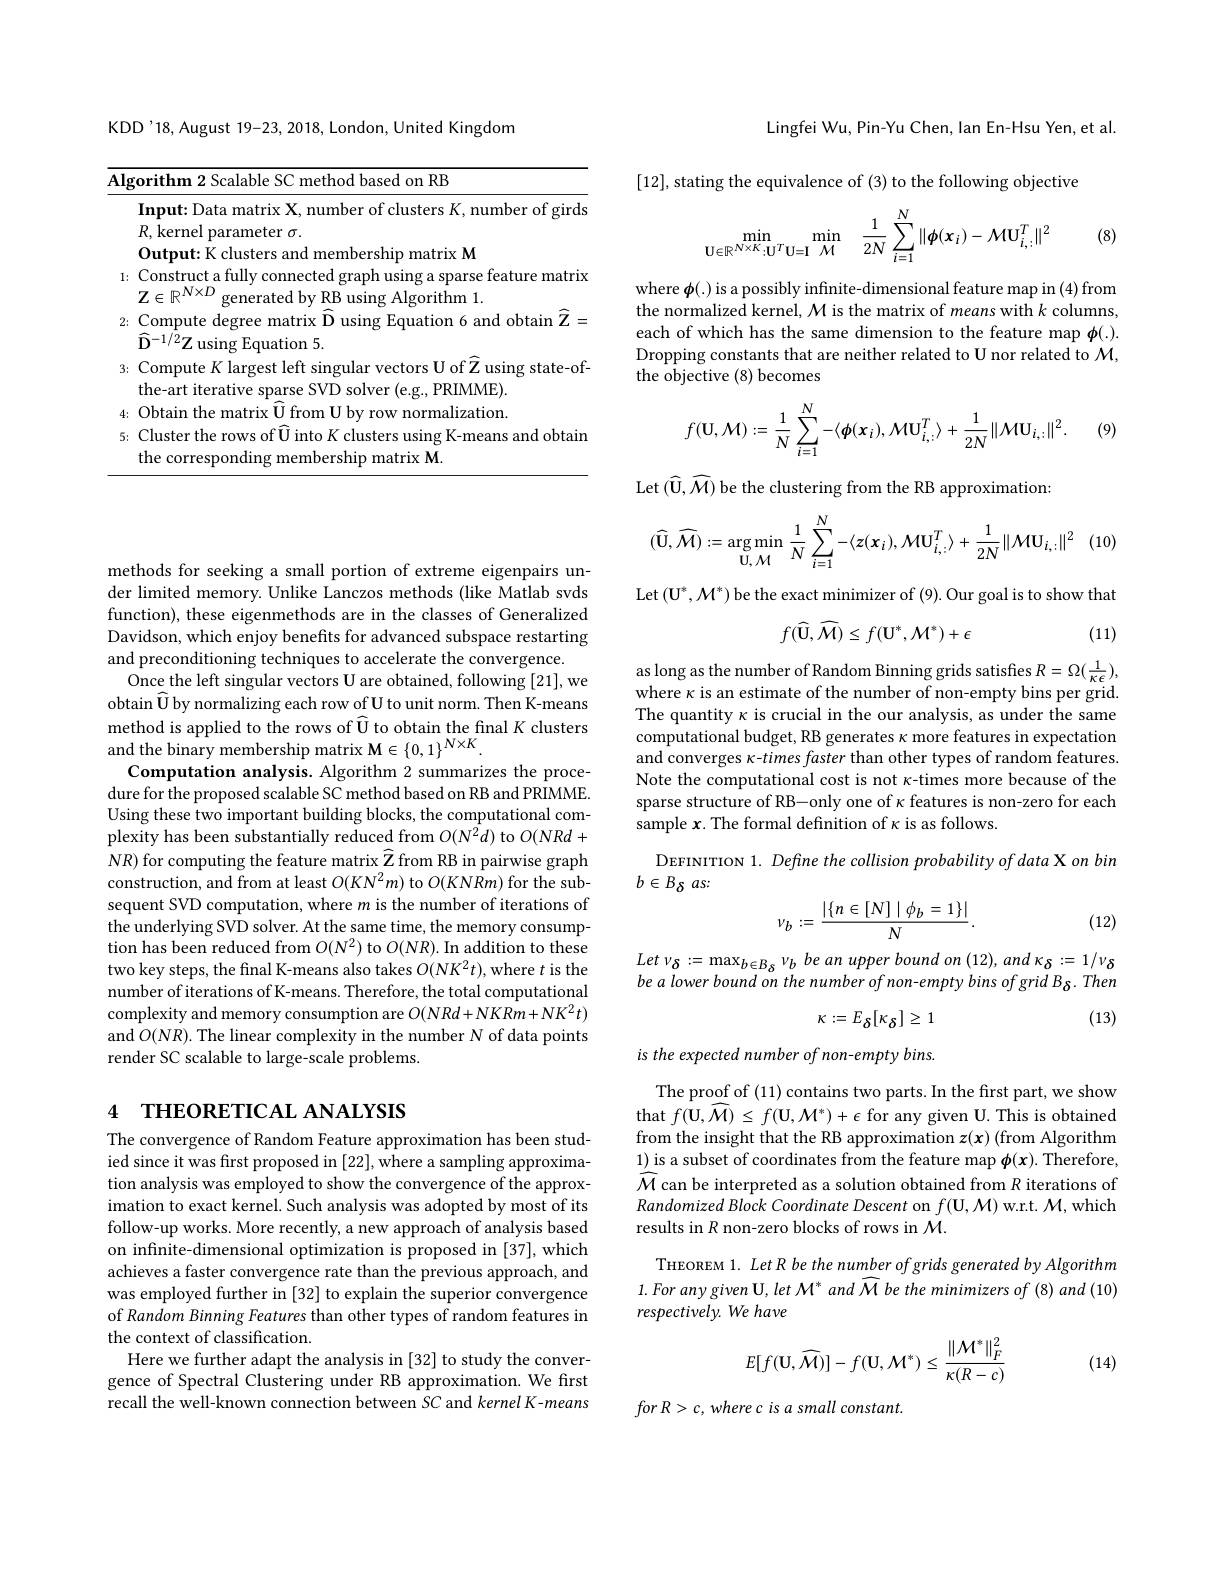
KDD'18, August 19-23, 2018, London, United Kingdom

<table>
	<tbody>
		<tr>
			<td>$\overline{\mathrm{AI}_{\xi}}$ 1</td>
			<td>d based on RB 14</td>
		</tr>
		<tr>
			<td> </td>
			<td>$\mathbf{Inputs}$ rirds</td>
		</tr>
		<tr>
			<td> </td>
			<td>$R.$kernel parameter $\sigma.$</td>
		</tr>
		<tr>
			<td> </td>
			<td>$0utput$ bershim matrix M</td>
		</tr>
		<tr>
			<td>1:</td>
			<td>Construct a fully connected graph usin $7\in\mathbb{R}^{N\times D}$ generated by RB using Algorithm 1.</td>
		</tr>
		<tr>
			<td>2:</td>
			<td>Compute degree matrix D using Equation $r:$ $\hat{\mathbf{D}}^{-1/2}\bar{\mathbf{Z}}$ using Equation 5</td>
		</tr>
		<tr>
			<td>3:</td>
			<td>Compute K largest left singular vectors U of Z using state-of- the-art iterative sparse SVD solver (e.g., PRIMME).</td>
		</tr>
		<tr>
			<td>4</td>
			<td>Obtain the matrix TTt frol normalization ' </td>
		</tr>
		<tr>
			<td>5:</td>
			<td>Cluster the rows of Ü into $K$ cluster the corresponding membership matrix M.</td>
		</tr>
	</tbody>
</table>

methods for seeking a small portion of extreme eigenpairs under limited memory. Unlike Lanczos methods (like Matlab svds function), these eigenmethods are in the classes of Generalized Davidson, which enjoy benefits for advanced subspace restarting and preconditioning techniques to accelerate the convergence
Once the left singular vectors U are obtained, following [21], we obtain $\widehat{\mathbf{U}}$ by normalizing each row of U to unit norm. Then K-means method is applied to the rows of $\widehat{\mathbf{U}}$ to obtain the final K clusters and the binary membership matrix M$\in\{0,1\}^{N\times K}.$
Computation analysis. Algorithm 2 summarizes the procedure for the proposed scalable SC method based on RB and PRIMME. Using these two important building blocks, the computational complexity has been substantially reduced from $O(N^2d)$ to $O(NRd+$ $NR)$ for computing the feature matrix $\widehat{\mathbf{Z}}$ from RB in pairwise graph construction, and from at least $O(KN^{2}m)$ to $O(KNRm)$ for the subsequent SVD computation, where $m$ is the number of iterations of the underlying SVD solver. At the same time, the memory consumption has been reduced from $O(N^{2})$ to $O(NR).$ In addition to these two key steps, the final K-means also takes $O(NK^2t)$,where $t$ is the number of iterations of K-means. Therefore, the total computational complexity and memory consumption are $O(NRd+NKRm+NK^{2}t)$ and $O(NR).$ The linear complexity in the number N of data points render SC scalable to large-scale problems.

# 4 THEORETICAL ANALYSIS

The convergence of Random Feature approximation has been studied since it was first proposed in [22], where a sampling approximation analysis was employed to show the convergence of the approximation to exact kernel. Such analysis was adopted by most of its follow-up works. More recently, a new approach of analysis based on infinite-dimensional optimization is proposed in [37], which achieves a faster convergence rate than the previous approach, and was employed further in [32] to explain the superior convergence of Random Binning Features than other types of random features in the context of classification.
Here we further adapt the analysis in [32] to study the convergence of Spectral Clustering under RB approximation. We first recall the well-known connection between SC and kernel K-means

Lingfei Wu, Pin-Yu Chen, lan En-Hsu Yen, et al.

[12], stating the equivalence of (3) to the following objective

(8)
$$\min_{\mathbf{U}\in\mathbb{R}^{N\times K}:\mathbf{U}^{T}\mathbf{U}=\mathbf{I}}\min_{\mathbf{M}}\quad\frac{1}{2N}\sum_{i=1}^{N}\|\phi(\mathbf{x}_{i})-\mathcal{M}\mathbf{U}_{i,:}^{T}\|^{2}$$
where $\boldsymbol{\phi}(.)$ is a possibly infinite-dimensional feature map in (4) from the normalized kernel, $\mathcal{M}$ is the matrix of means with $k$ columns, each of which has the same dimension to the feature map $\phi(.).$ Dropping constants that are neither related to U nor related to $\mathcal{M}$, the objective (8) becomes
$$f(\mathbf{U},\mathcal{M}):=\frac{1}{N}\sum_{i=1}^{N}-\langle\phi(\mathbf{x}_{i}),\mathcal{M}\mathbf{U}_{i,:}^{T}\rangle+\frac{1}{2N}\|\mathcal{M}\mathbf{U}_{i,:}\|^{2}.$$
(9)

Let $(\widehat{\mathbf{U}},\widehat{\mathcal{M}})$ be the clustering from the RB approximation:
$$(\widehat{\mathbf{U}},\widehat{\mathcal{M}}):=\underset{{\mathbf{U},\mathcal{M}}}{\arg\min}\frac{1}{N}\sum_{i=1}^{N}-\langle z(\mathbf{x}_{i}),\mathcal{M}\mathbf{U}_{i,:}^{T}\rangle+\frac{1}{2N}\|\mathcal{M}\mathbf{U}_{i,:}\|^{2}$$
Let $(\mathbf{U}^*,\mathcal{M}^*)$ be the exact minimizer of (9). Our goal is to show that
$$f(\widehat{\mathbf{U}},\widehat{\mathcal M})\leq f(\mathbf{U}^{*},\mathcal M^{*})+\epsilon $$
(11)

as long as the number of Random Binning grids satisfies $R=\Omega(\frac1{\kappa\epsilon})$, where $\kappa$ is an estimate of the number of non-empty bins per grid. The quantity $\kappa$ is crucial in the our analysis, as under the same computational budget, RB generates $\kappa$ more features in expectation and converges $\kappa$-times faster than other types of random features. Note the computational cost is not $\kappa$-times more because of the sparse structure of RB-only one of $\kappa$ features is non-zero for each sample $x.$ The formal definition of $\kappa$ is as follows.
DEFINITION 1. Define the collision probability of data X on bin
$b\in B_{\delta }$ $as:$
$$\nu_{b}:=\frac{|\{n\in[N]\mid\phi_{b}=1\}|}{N}.$$
(12)

Let $\nu _{\delta }: = \max _{b\in B_{\delta }}$ $\nu _{b}$ $be$ $an$ upper bound $on$ (12), and $\kappa _{\delta }: =$ $1/ \nu _{\delta }$ be a lower bound on the number of non-empty bins of grid B S Then

(13)
$$\kappa:=E_{\delta}[\kappa_{\delta}]\geq1$$
is the expected number of non-empty bins.

The proof of (11) contains two parts. In the first part, we show that $f(\mathbf{U},\widehat{\mathcal{M}})\leq f(\mathbf{U},\mathcal{M}^{*})+\epsilon$ for any given U. This is obtained from the insight that the RB approximation $z(x)$ (from Algorithm 1) is a subset of coordinates from the feature map $\phi(x).$ Therefore, $\widehat{\mathcal{M}}$ can be interpreted as a solution obtained from $R$ iterations of Randomized Block Coordinate Descent on $f(\mathbf{U},\mathcal{M})$ w.r.t. $\mathcal{M}$,which results in $R$ non-zero blocks of rows in $\mathcal{M}.$

THEOREM 1. Let R be the number of grids generated by Algorithm $1.Foranygiven\mathbf{U},letM^{*}and\widehat{\mathcal{M}}betheminimizersof(8)and(10)$ respectively. We have
$$E[f(\mathbf{U},\widehat{\mathcal M})]-f(\mathbf{U},\mathcal M^*)\leq\frac{\|\mathcal M^*\|_F^2}{\kappa(R-c)}$$
(14)

$forR>c,wherecisasmallconstant$